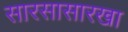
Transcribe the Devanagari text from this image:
सारसासारखा